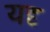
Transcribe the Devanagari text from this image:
यदृ